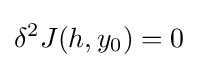
\delta ^{2}J(h,y_{0})=0